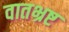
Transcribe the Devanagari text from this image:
वातभ्रष्ट